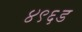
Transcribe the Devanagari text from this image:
४९६ड